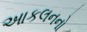
આકલનનો